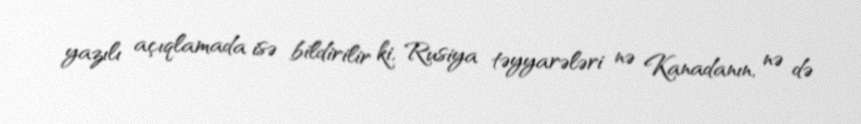
yazılı açıqlamada isə bildirilir ki, Rusiya təyyarələri nə Kanadanın, nə də